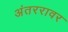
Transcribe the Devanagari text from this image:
अंतररावर